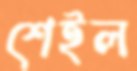
শেইল